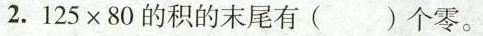
2.$$ 1 2 5 \times 8 0 $$的积的末尾有()个零。